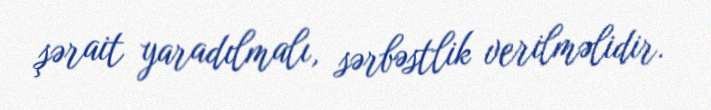
şərait yaradılmalı, sərbəstlik verilməlidir.